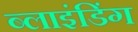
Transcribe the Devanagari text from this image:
ब्‍लाइंडिंग